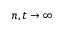
n , t \to \infty